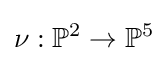
\nu :\mathbb {P} ^{2}\to \mathbb {P} ^{5}